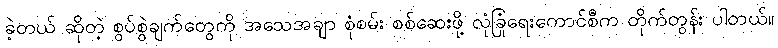
ခဲ့တယ် ဆိုတဲ့ စွပ်စွဲချက်တွေကို အသေအချာ စုံစမ်း စစ်ဆေးဖို့ လုံခြုံရေးကောင်စီက တိုက်တွန်း ပါတယ်။